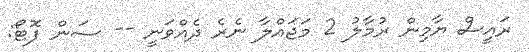
ރައީސް ޔާމިން ރުމާލު 2 މަޖައްލާ ނެރެ ދެއްވަނީ -- ސަން ފޮޓޯ: